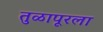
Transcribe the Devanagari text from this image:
तुळापूरला